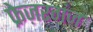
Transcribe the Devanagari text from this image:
फ्रेज़रगंज